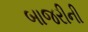
બાજરીની